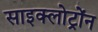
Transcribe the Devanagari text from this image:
साइक्लोट्रोंन